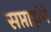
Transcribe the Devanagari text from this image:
सप्ताहांचे